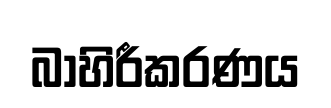
බාහිරීකරණය